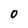
Character: O